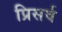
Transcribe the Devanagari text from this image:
प्रिसर्व